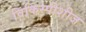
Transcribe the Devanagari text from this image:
विकिस्पीशीज